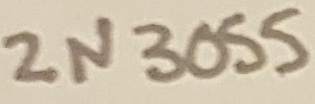
Text: 2N3055